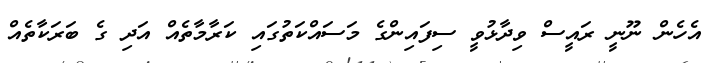
އެހެން ނޫނީ ރައީސް ވިދާޅުވީ ސިފައިންގެ މަސައްކަތުގައި ކަރާމާތެއް އަދި ގެ ބަރަކާތެއް